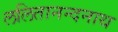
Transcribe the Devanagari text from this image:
ललितानन्दनाथ